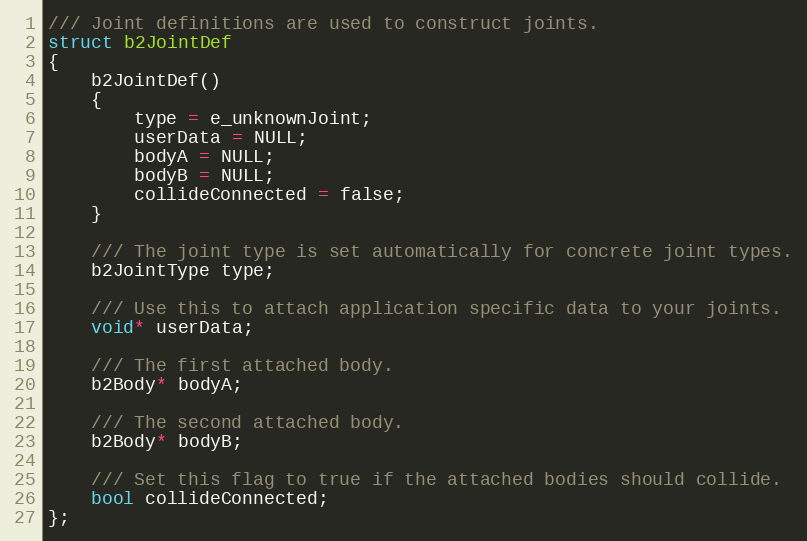
Language: C
/// Joint definitions are used to construct joints.
struct b2JointDef
{
	b2JointDef()
	{
		type = e_unknownJoint;
		userData = NULL;
		bodyA = NULL;
		bodyB = NULL;
		collideConnected = false;
	}

	/// The joint type is set automatically for concrete joint types.
	b2JointType type;

	/// Use this to attach application specific data to your joints.
	void* userData;

	/// The first attached body.
	b2Body* bodyA;

	/// The second attached body.
	b2Body* bodyB;

	/// Set this flag to true if the attached bodies should collide.
	bool collideConnected;
};